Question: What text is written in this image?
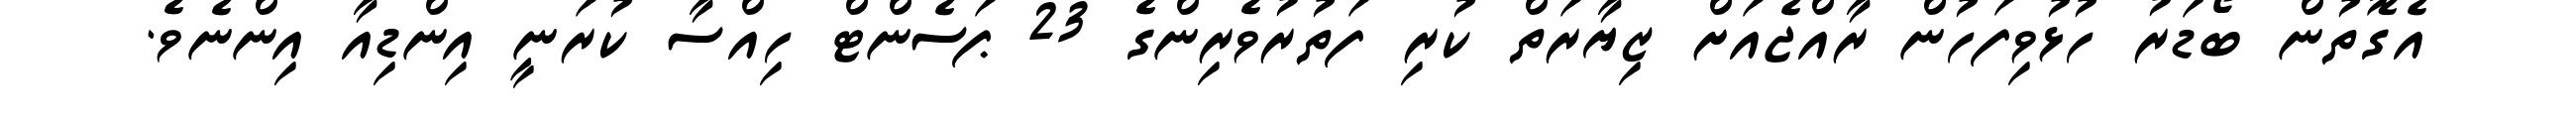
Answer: އެގޮތުން ބޯޑަރު ހުޅުވިފަހުން ރާއްޖެއަށް ޒިޔާރަތް ކުރި ފަތުރުވެރިންގެ 23 ޕަސެންޓް ހިއްސާ ކުރަނީ އިންޑިއާ އިންނެވެ.